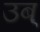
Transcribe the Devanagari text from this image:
उब्